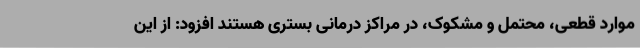
موارد قطعی، محتمل و مشکوک، در مراکز درمانی بستری هستند افزود: از این